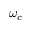
\omega _ { c }